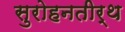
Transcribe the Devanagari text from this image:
सुरोहनतीर्थ